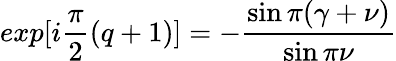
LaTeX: exp[i\frac{\pi}{2}(q+1)]=-\frac{\sin\pi(\gamma+\nu)}{\sin\pi\nu}